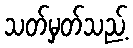
သတ်မှတ်သည့်